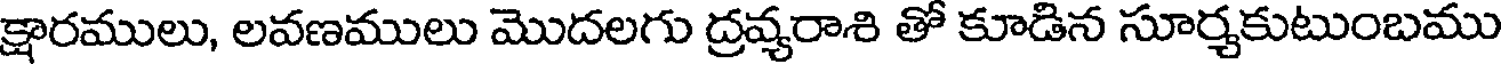
క్షారములు, లవణములు మొదలగు ద్రవ్యరాశి తో కూడిన సూర్చకుటుంబము